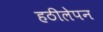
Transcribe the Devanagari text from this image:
हठीलेपन